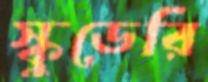
স্কুডেরি